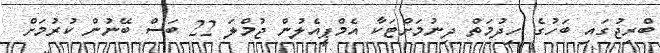
ބްރިޖުގައި ބަހުގެ ހިދުމަތް ދިނުމަށްޓަކާ އެމްޕީއެލުން ޖުމްލަ 22 ބަސް ބޭނުން ކުރުމަށް